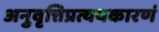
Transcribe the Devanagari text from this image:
अनुवृत्तिप्रत्ययकारणं